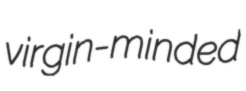
virgin-minded